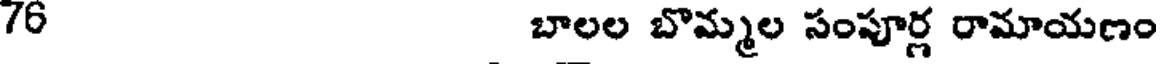
76 బాలల బొమ్మల సంపూర్ల రామాయణం